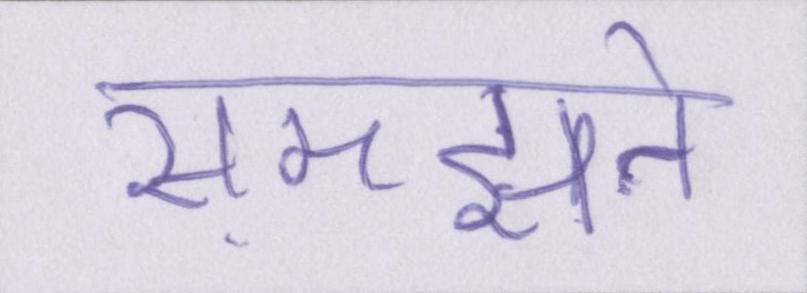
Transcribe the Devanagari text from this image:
समझते